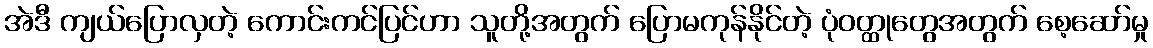
အဲဒီ ကျယ်ပြောလှတဲ့ ကောင်းကင်ပြင်ဟာ သူတို့အတွက် ပြောမကုန်နိုင်တဲ့ ပုံဝတ္ထုတွေအတွက် စေ့ဆော်မှု